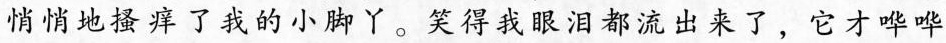
悄悄地搔痒了我的小脚 笑得我眼泪都流出来了，它才哗哗